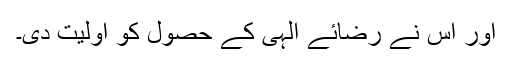
اور اس نے رضائے الہی کے حصول کو اولیت دی۔